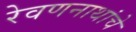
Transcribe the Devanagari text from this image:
रेवणनाथांचे